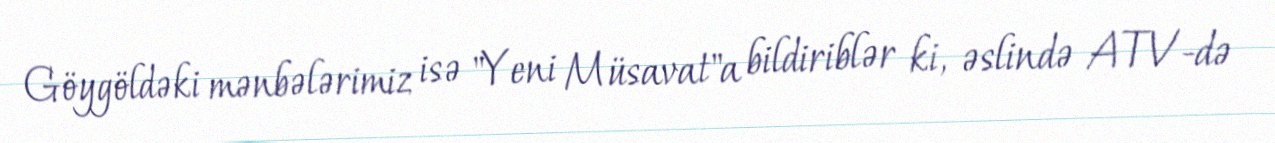
Göygöldəki mənbələrimiz isə "Yeni Müsavat"a bildiriblər ki, əslində ATV-də